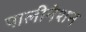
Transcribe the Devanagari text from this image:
पालीनेशन